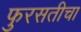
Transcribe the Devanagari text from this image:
फुरसतीचा